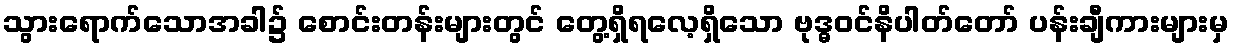
သွားရောက်သောအခါ၌ စောင်းတန်းများတွင် တွေ့ရှိရလေ့ရှိသော ဗုဒ္ဓဝင်နိပါတ်တော် ပန်းချီကားများမှ